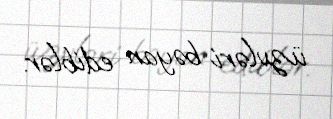
üzvləri bəyan ediblər.